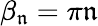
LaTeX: \beta_{\mathfrak{n}}=\pi\mathfrak{n}